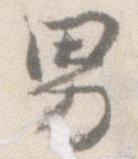
男